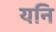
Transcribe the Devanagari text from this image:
यनि